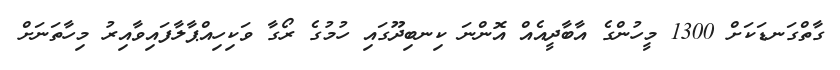
ގާތްގަނޑަކަށް 1300 މީހުންގެ އާބާދީއެއް އޮންނަ ކިނބިދޫގައި ހުމުގެ ރޯގާ ވަކިހިއްޕާލާފައިވާއިރު މިހާތަނަށް